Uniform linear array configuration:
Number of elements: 8
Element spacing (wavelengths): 0.5
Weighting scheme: uniform
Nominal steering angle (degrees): -60
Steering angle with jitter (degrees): -58.608
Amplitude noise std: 0.05
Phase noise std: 0.05

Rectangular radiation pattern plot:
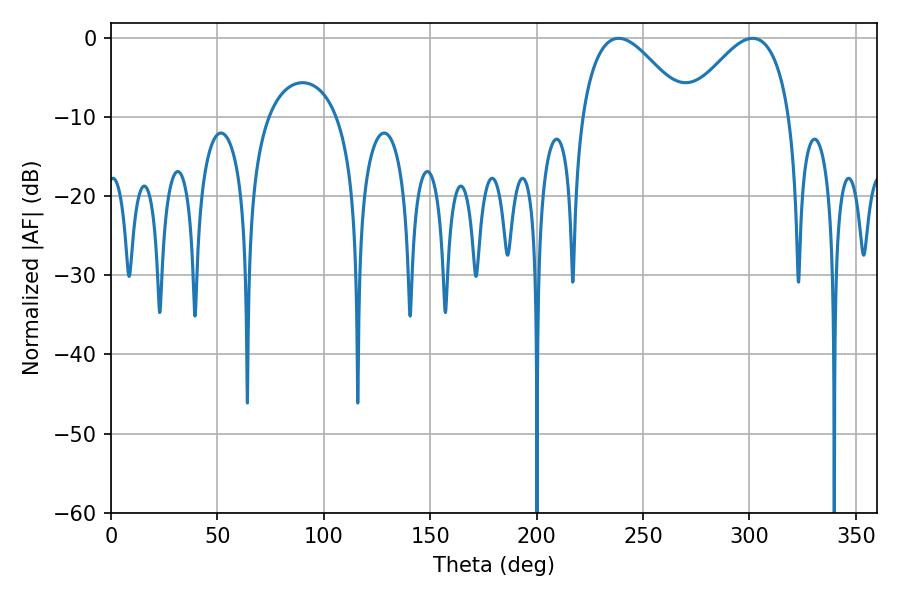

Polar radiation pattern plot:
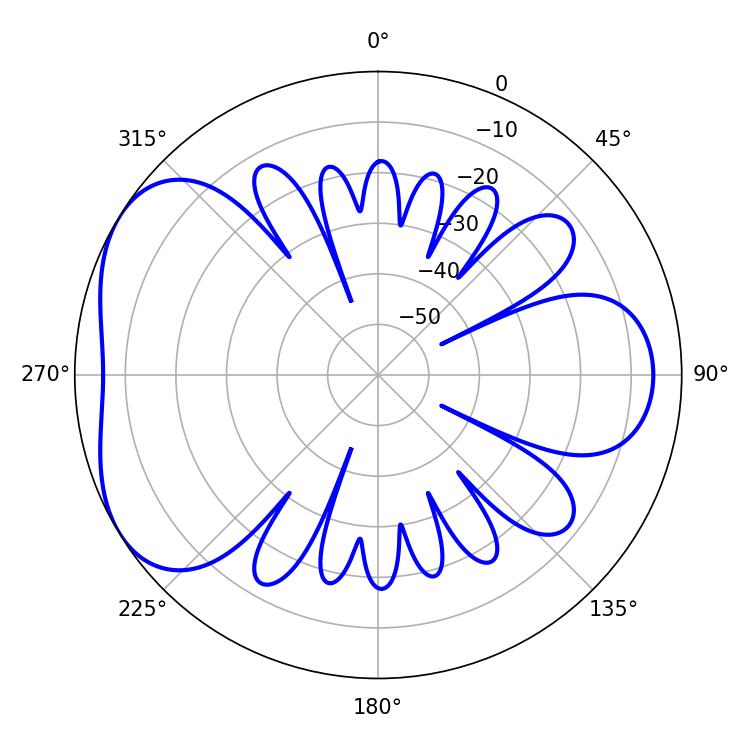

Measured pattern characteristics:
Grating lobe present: FALSE
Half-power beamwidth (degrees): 26.64
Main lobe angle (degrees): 238.5